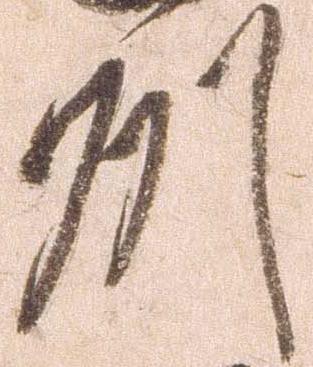
州